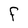
Character: a